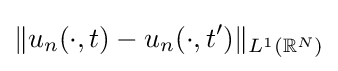
\|u_{n}(\cdot ,t)-u_{n}(\cdot ,t')\|_{L^{1}(\mathbb {R} ^{N})}